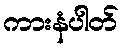
ကားနံပါတ်